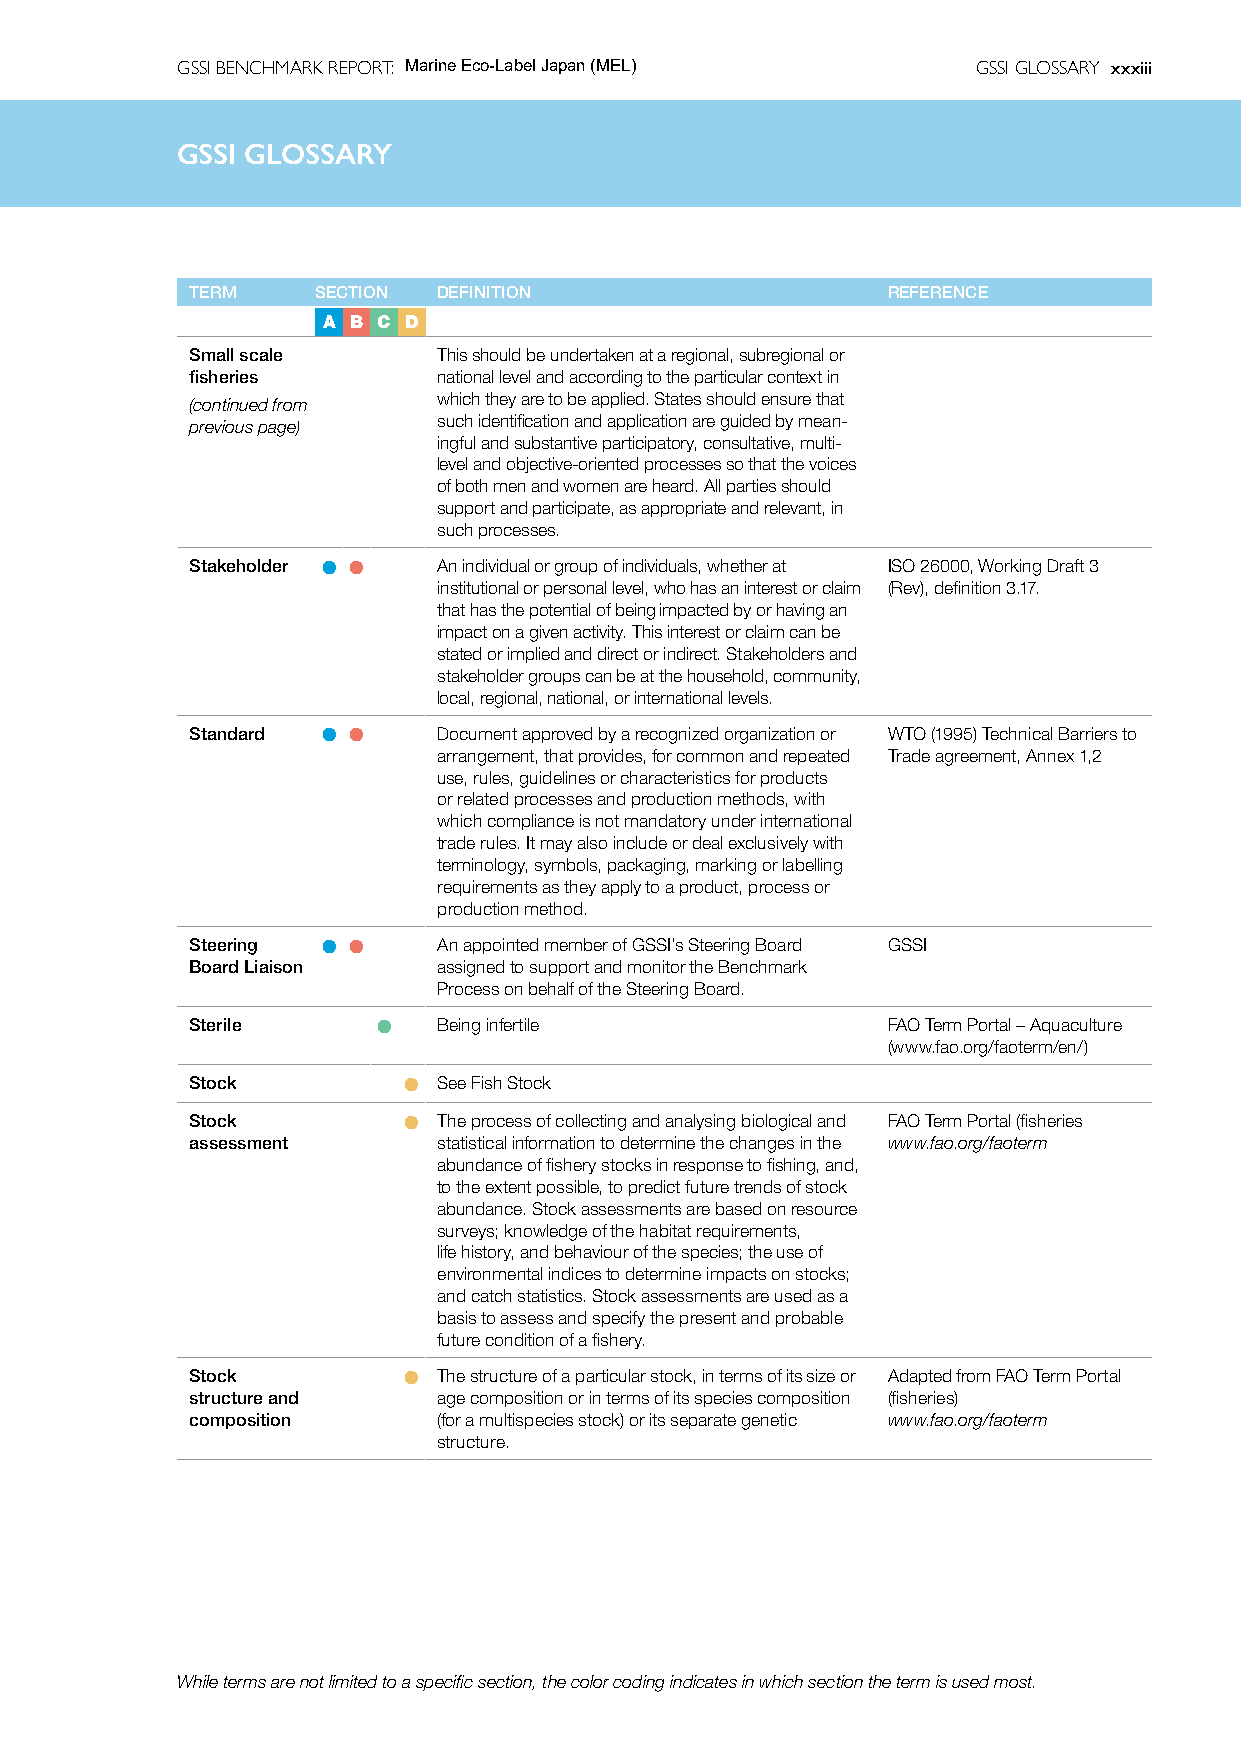
GSSI BENCHMARK REPORT: Marine Eco-Label Japan (MEL)  GSSI GLOSSARY xxxiii
 GSSIG  GSSIl oGsLOsaSSrAyRY
 TERM    SECTION DEFINITION                    REFERENCE
 A B C D
 Small scale     This should be undertaken at a regional, subregional or
 fisheries       national level and according to the particular context in
 (continued from which they are to be applied. States should ensure that
 previous page)  such identification and application are guided by mean-
 ingful and substantive participatory, consultative, multi-
 level and objective-oriented processes so that the voices
 of both men and women are heard. All parties should
 support and participate, as appropriate and relevant, in
 such processes.
 Stakeholder l l An individual or group of individuals, whether at ISO 26000, Working Draft 3
 institutional or personal level, who has an interest or claim (Rev), definition 3.17.
 that has the potential of being impacted by or having an
 impact on a given activity. This interest or claim can be
 stated or implied and direct or indirect. Stakeholders and
 stakeholder groups can be at the household, community,
 local, regional, national, or international levels.
 Standard l l    Document approved by a recognized organization or WTO (1995) Technical Barriers to
 arrangement, that provides, for common and repeated Trade agreement, Annex 1,2
 use, rules, guidelines or characteristics for products
 or related processes and production methods, with
 which compliance is not mandatory under international
 trade rules. It may also include or deal exclusively with
 terminology, symbols, packaging, marking or labelling
 requirements as they apply to a product, process or
 production method.
 Steering l l    An appointed member of GSSI’s Steering Board GSSI
 Board Liaison   assigned to support and monitor the Benchmark
 Process on behalf of the Steering Board.
 Sterile     l   Being infertile               FAO Term Portal – Aquaculture
 (www.fao.org/faoterm/en/)
 Stock         l See Fish Stock
 Stock         l The process of collecting and analysing biological and FAO Term Portal (fisheries
 assessment      statistical information to determine the changes in the www.fao.org/faoterm
 abundance of fishery stocks in response to fishing, and,
 to the extent possible, to predict future trends of stock
 abundance. Stock assessments are based on resource
 surveys; knowledge of the habitat requirements,
 life history, and behaviour of the species; the use of
 environmental indices to determine impacts on stocks;
 and catch statistics. Stock assessments are used as a
 basis to assess and specify the present and probable
 future condition of a fishery.
 Stock         l The structure of a particular stock, in terms of its size or Adapted from FAO Term Portal
 structure and   age composition or in terms of its species composition (fisheries)
 composition     (for a multispecies stock) or its separate genetic www.fao.org/faoterm
 structure.
 While terms are not limited to a specific section, the color coding indicates in which section the term is used most.